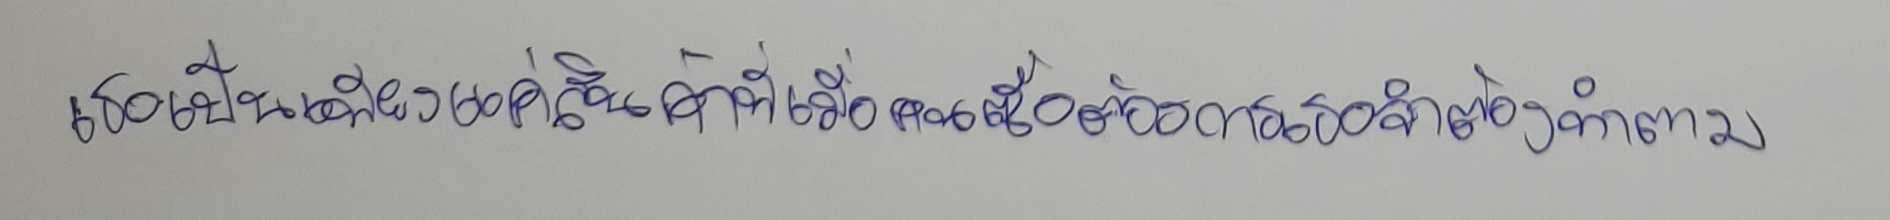
เธอเป็นเพียงแค่สินค้าที่เมื่อคนซื้อต้องการเธอจำต้องทำตาม